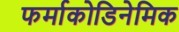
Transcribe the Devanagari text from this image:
फर्माकोडिनेमिक